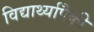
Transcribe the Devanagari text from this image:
विद्यार्थ्यापैकी